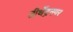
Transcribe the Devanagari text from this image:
तीर्थेद्रनगर